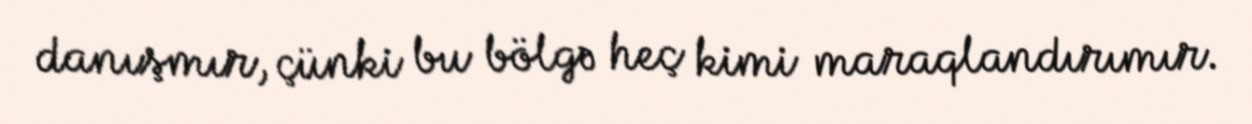
danışmır, çünki bu bölgə heç kimi maraqlandırımır.